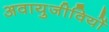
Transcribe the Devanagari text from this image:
अवायुजीवियों